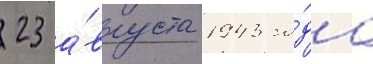
23 а́вгуста 1943 го́да